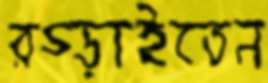
রগ্‌ড়াইতেন